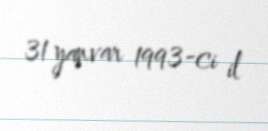
31 yanvar 1993-ci il